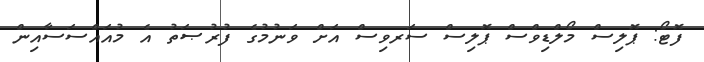
ފޮޓޯ: ޕޮލިސް މޯލްޑިވްސް ޕޮލިސް ސަރވިސް އަށް ވަނުމުގެ ފުރުޞަތު އެ މުއައްސަސާއިން